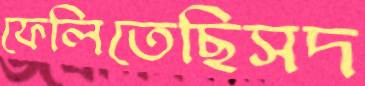
ফেলিতেছিসদ